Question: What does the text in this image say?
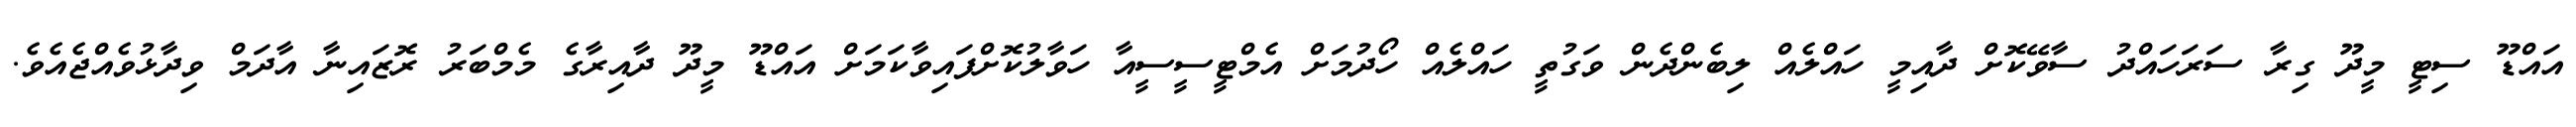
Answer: އައްޑޫ ސިޓީ މީދޫ ގިރާ ސަރަހައްދު ސާވޭކޮށް ދާއިމީ ހައްލެއް ލިބެންދެން ވަގުތީ ހައްލެއް ހޯދުމަށް އެމްޓީސީސީއާ ހަވާލުކޮށްފައިވާކަމަށް އައްޑޫ މީދޫ ދާއިރާގެ މެމްބަރު ރޮޒައިނާ އާދަމް ވިދާޅުވެއްޖެއެވެ.